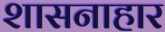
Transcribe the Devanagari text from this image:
शासनाहार